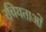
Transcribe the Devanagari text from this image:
रचियताओं